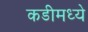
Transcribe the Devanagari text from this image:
कडीमध्ये